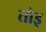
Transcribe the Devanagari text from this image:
तोइ